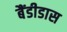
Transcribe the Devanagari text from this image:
बैंडीडास